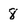
Character: 8